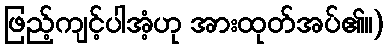
ဖြည့်ကျင့်ပါအံ့ဟု အားထုတ်အပ်၏။)